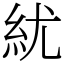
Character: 紌